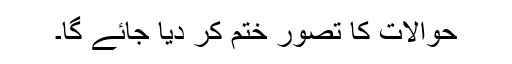
حوالات کا تصور ختم کر دیا جائے گا۔